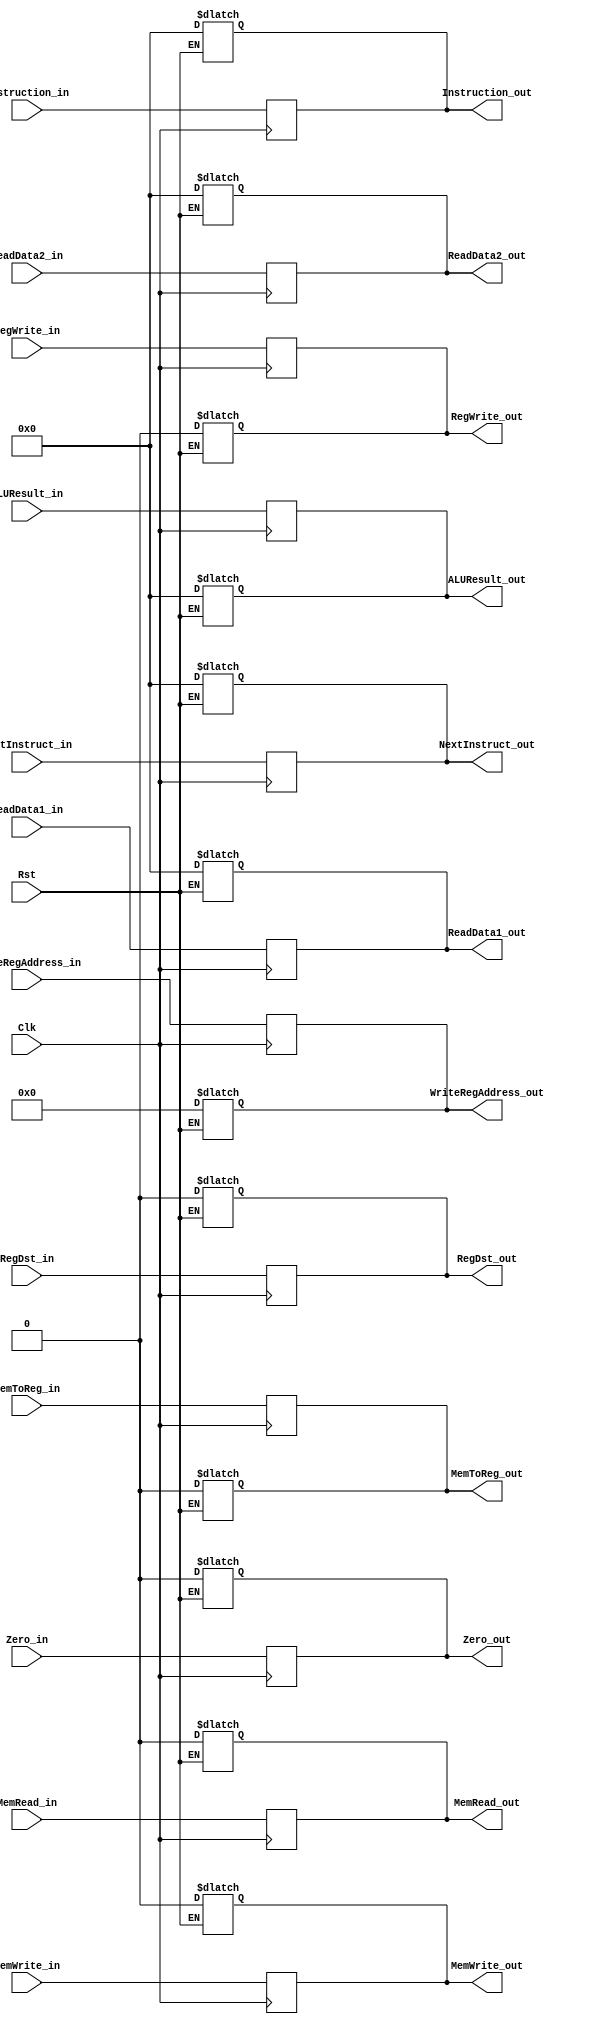
module EX_MEM_REG(
    input Clk,
    input Rst,
    input MemRead_in,
    input MemWrite_in,
    input [31:0] ReadData1_in,
    input [31:0] ReadData2_in,
    input RegWrite_in,
    input RegDst_in,
    input MemToReg_in,
    input [31:0]ALUResult_in,
    input Zero_in,
    input [31:0] NextInstruct_in,
	input [31:0] Instruction_in,
    input [4:0] WriteRegAddress_in,
    output reg MemRead_out,
    output reg MemWrite_out,
    output reg [31:0] ReadData1_out,
    output reg [31:0] ReadData2_out,
    output reg RegWrite_out,
    output reg RegDst_out,
    output reg MemToReg_out,
    output reg [31:0] ALUResult_out,
    output reg  Zero_out,
	output reg [31:0] NextInstruct_out,
    output reg [31:0] Instruction_out,
    output reg [4:0] WriteRegAddress_out);

always@(Rst)
begin
	if (Rst == 1) begin
		MemRead_out <= 0;
		MemWrite_out <= 0;
		ReadData1_out <= 0;
		ReadData2_out <= 0;
		RegWrite_out <= 0;
		RegDst_out <= 0;
		MemToReg_out <= 0;
		ALUResult_out <= 0;
		Zero_out <= 0;
		NextInstruct_out <= 0;
		Instruction_out <= 0;
		WriteRegAddress_out <= 0;
	end
end

always@(posedge Clk)
begin
	MemRead_out <= MemRead_in;
	MemWrite_out <= MemWrite_in;
	ReadData1_out <= ReadData1_in;
	ReadData2_out <= ReadData2_in;
	RegWrite_out <= RegWrite_in;
	RegDst_out <= RegDst_in;
	MemToReg_out <= MemToReg_in;
	ALUResult_out <= ALUResult_in;
	Zero_out <= Zero_in;
	NextInstruct_out <= NextInstruct_in;
	Instruction_out <= Instruction_in;
	WriteRegAddress_out <= WriteRegAddress_in;
end
	


endmodule